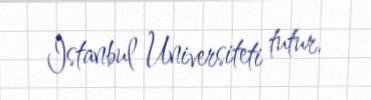
İstanbul Universiteti tutur.